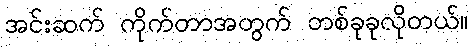
အင်းဆက် ကိုက်တာအတွက် တစ်ခုခုလိုတယ်။